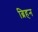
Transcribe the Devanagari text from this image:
ब्रिहन